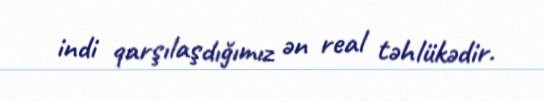
indi qarşılaşdığımız ən real təhlükədir.